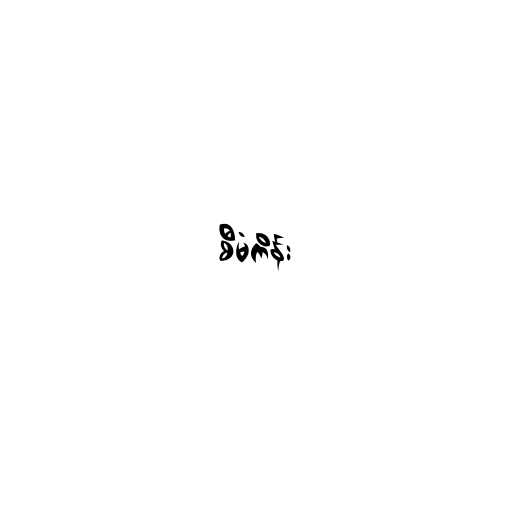
စီမံကိန်း